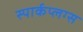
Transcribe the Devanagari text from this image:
स्पार्कप्लग्स